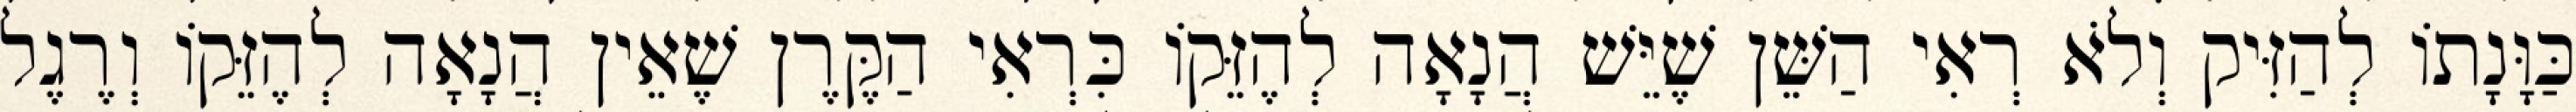
כַּוָּנָתוֹ לְהַזִּיק וְלֹא רְאִי הַשֵּׁן שֶׁיֵּשׁ הֲנָאָה לְהֶזֵּקוֹ כִּרְאִי הַקֶּרֶן שֶׁאֵין הֲנָאָה לְהֶזֵּקוֹ וְרֶגֶל